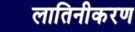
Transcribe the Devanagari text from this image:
लातिनीकरण